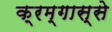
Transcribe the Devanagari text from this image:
क्रम्गास्से